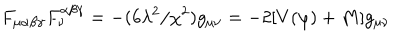
F _ { \mu \alpha \beta \gamma } F _ { \nu } ^ { \alpha \beta \gamma } = - ( 6 \lambda ^ { 2 } / \chi ^ { 2 } ) g _ { \mu \nu } = - 2 [ V ( \varphi ) + M ] g _ { \mu \nu }